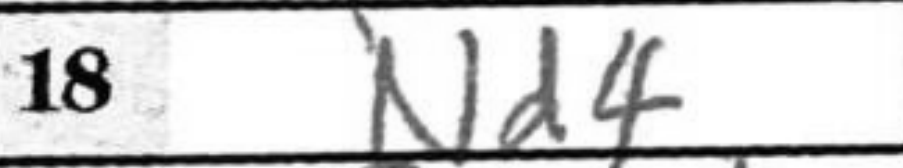
Transcription: Nd4